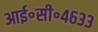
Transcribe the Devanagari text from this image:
आई॰सी॰४६३३